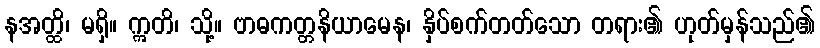
နအတ္ထိ၊ မရှိ။ ဣတိ၊ သို့။ ဗာဓကတ္တနိယာမေန၊ နှိပ်စက်တတ်သော တရား၏ ဟုတ်မှန်သည်၏